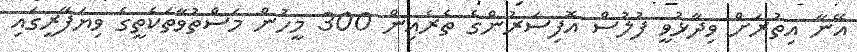
އޭނާ އިތުރަށް ވިދާޅުވީ ފުލުސް އޮފިސަރުންގެ ތެރެއިން 300 މީހުން މަސްތުވާތަކެތީގެ ވިޔަފާރީގައި